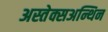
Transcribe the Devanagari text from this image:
अस्तेक्सअन्थिन